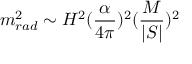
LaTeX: m _ { r a d } ^ { 2 } \sim H ^ { 2 } ( { \frac { \alpha } { 4 \pi } } ) ^ { 2 } ( { \frac { M } { | S | } } ) ^ { 2 }